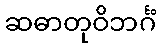
ဆဓာတုဝိဘင်္ဂံ